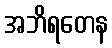
အဘိရတေန